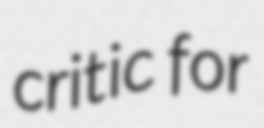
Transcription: critic for